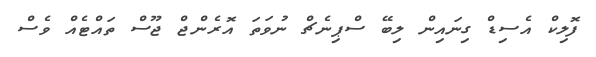
ފޮލިކް އެސިޑް ގިނައިން ލިބޭ ސްޕިނެޗް ނުވަތަ އޮރެންޖް ޖޫސް ތައްޓެއް ވެސް